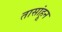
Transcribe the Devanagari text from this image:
तासांहून